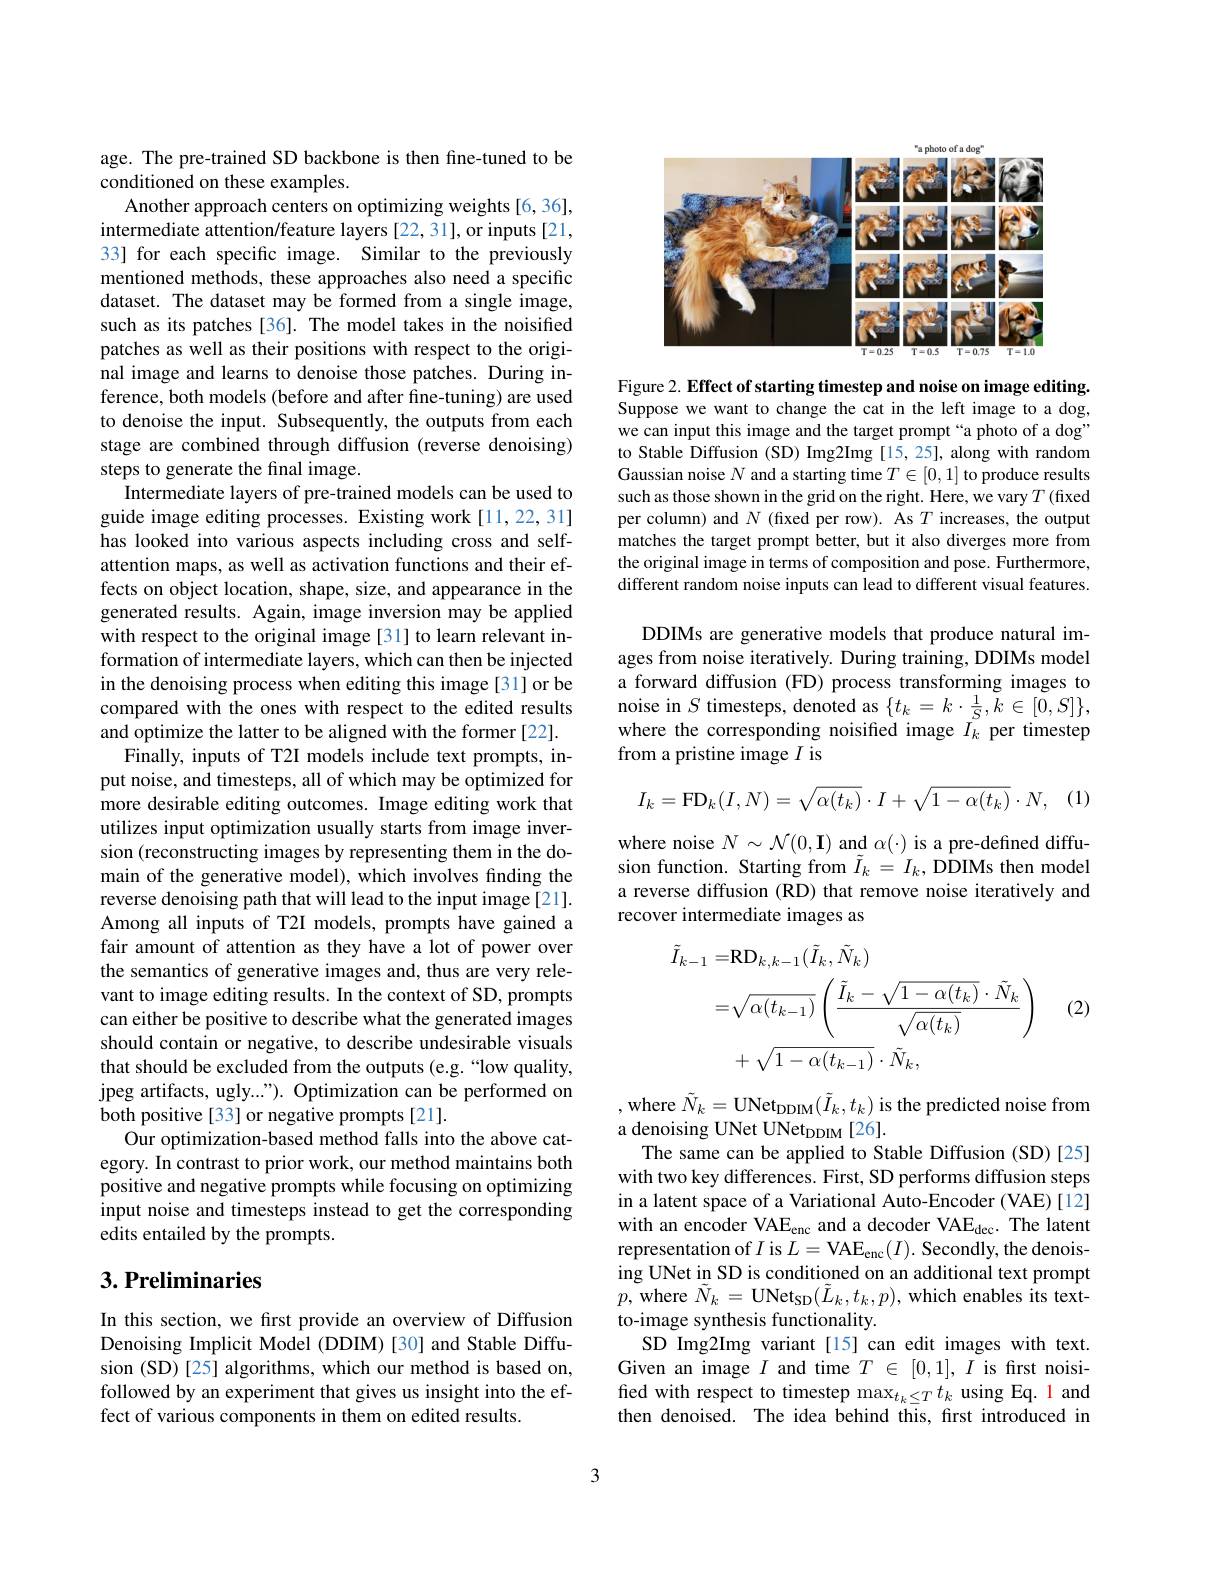
age. The pre-trained SD backbone is then fine-tuned to be
conditioned on these examples.
Another approach centers on optimizing weights [6,36], intermediate attention/feature layers [22,31], or inputs [21, 33] for each specific image. Similar to the previously mentioned methods, these approaches also need a specific dataset. The dataset may be formed from a single image, such as its patches [36]. The model takes in the noisified patches as well as their positions with respect to the original image and learns to denoise those patches. During inference, both models (before and after fine-tuning) are used to denoise the input. Subsequently, the outputs from each stage are combined through diffusion (reverse denoising) steps to generate the final image.
Intermediate layers of pre-trained models can be used to guide image editing processes. Existing work[11,22,31] has looked into various aspects including cross and selfattention maps, as well as activation functions and their effects on object location, shape, size, and appearance in the generated results. Again, image inversion may be applied with respect to the original image[31] to learn relevant information of intermediate layers, which can then be injected in the denoising process when editing this image[31] or be compared with the ones with respect to the edited results and optimize the latter to be aligned with the former [22].
Finally, inputs of T2I models include text prompts, input noise, and timesteps, all of which may be optimized for more desirable editing outcomes. Image editing work that utilizes input optimization usually starts from image inversion (reconstructing images by representing them in the domain of the generative model), which involves finding the reverse denoising path that will lead to the input image [21]. Among all inputs of T2I models, prompts have gained a fair amount of attention as they have a lot of power over the semantics of generative images and, thus are very relevant to image editing results. In the context of SD, prompts can either be positive to describe what the generated images should contain or negative, to describe undesirable visuals that should be excluded from the outputs (e.g.“low quality, jpeg artifacts, ugly..."). Optimization can be performed on both positive [33] or negative prompts [21].
Our optimization-based method falls into the above category. In contrast to prior work, our method maintains both positive and negative prompts while focusing on optimizing input noise and timesteps instead to get the corresponding edits entailed by the prompts.

## $3. \textbf{Preliminaries}$

In this section, we first provide an overview of Diffusion Denoising Implicit Model (DDIM)[30] and Stable Diffusion (SD)[25] algorithms, which our method is based on, followed by an experiment that gives us insight into the effect of various components in them on edited results.

<FigureHere>

Figure 2. Effect of starting timestep and noise on image editing Suppose we want to change the cat in the left image to a dog, we can input this image and the target prompt“a photo of a dog” to Stable Diffusion (SD) Img2Img [15,25], along with random Gaussian noise $N$ and a starting time $T\in[0,1]$ to produce results such as those shown in the grid on the right. Here, we vary $T$ (fixed per column) and $N$ (fixed per row). As $T$ increases, the output matches the target prompt better, but it also diverges more from the original image in terms of composition and pose. Furthermore different random noise inputs can lead to different visual features.
DDIMs are generative models that produce natural images from noise iteratively. During training, DDIMs model a forward diffusion (FD) process transforming images to noise in $S$ timesteps, denoted as $\{t_k=k\cdot\frac1S,\tilde{k}\in[0,S]\}$, where the corresponding noisified image $\tilde{I}_k$ per timestep from a pristine image $I$ is
$$I_k=\mathrm{FD}_k(I,N)=\sqrt{\alpha(t_k)}\cdot I+\sqrt{1-\alpha(t_k)}\cdot N,$$
(1)

where noise $N\sim\mathcal{N}(0,\mathbf{I})$ and $\alpha(\cdot)$ is a pre-defined diffusion function. Starting from $\tilde{I}_k=I_k$, DDIMs then model a reverse diffusion (RD) that remove noise iteratively and recover intermediate images as
$$\begin{aligned}\tilde{I}_{k-1}=&\mathrm{RD}_{k,k-1}(\tilde{I}_{k},\tilde{N}_{k})\\=&\sqrt{\alpha(t_{k-1})}\left(\frac{\tilde{I}_{k}-\sqrt{1-\alpha(t_{k})}\cdot\tilde{N}_{k}}{\sqrt{\alpha(t_{k})}}\right)\\&+\sqrt{1-\alpha(t_{k-1})}\cdot\tilde{N}_{k},\end{aligned}$$
(2)

, where $\tilde{N}_k=$UNet$_\mathrm{DDM}(\tilde{I}_k,t_k)$ is the predicted noise from
a denoising UNet UNet$_{\mathrm{DDIM}}[26].$
The same can be applied to Stable Diffusion (SD)[25] with two key differences. First, SD performs diffusion steps in a latent space of a Variational Auto-Encoder (VAE)[12] with an encoder VAE$_\mathrm{enc}$ and a decoder VAE$_\mathrm{dec}.$ The latent representation of $I$ is $L=\mathrm{VAE}_{\mathrm{enc}}(I).$ Secondly, the denoising UNet in SD is conditioned on an additional text prompt $p$,where $\tilde{N}_k=$UNet$_\mathrm{SD}(\tilde{L}_k,t_k,p)$,which enables its textto-image synthesis functionality.
SD Img2Img variant[15]can edit images with text. Given an image $I$ and time $T\in[0,1],I$ is first noisified with respect to timestep $\max_{t_k\leq T}t_k$ using Eq. 1 and then denoised. The idea behind this, first introduced in

3